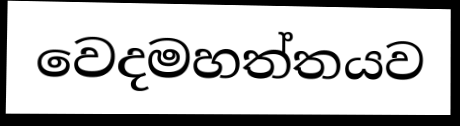
වෙදමහත්තයව